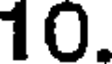
10.